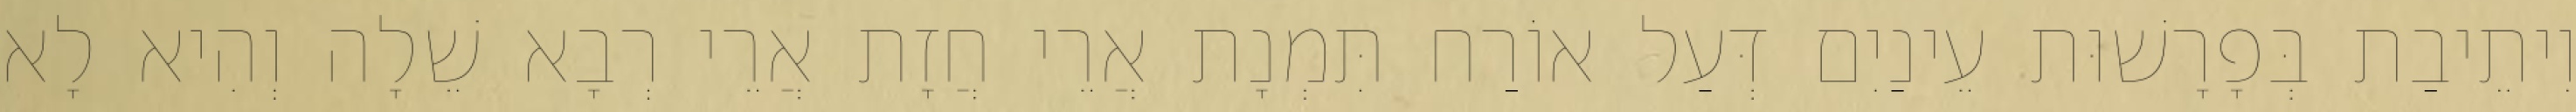
וִיתֵיבַת בְּפָרָשׁוּת עֵינַיִם דְּעַל אוֹרַח תִּמְנָת אֲרֵי חֲזָת אֲרֵי רְבָא שֵׁלָה וְהִיא לָא